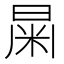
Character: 𣌻